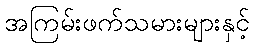
အကြမ်းဖက်သမားများနှင့်